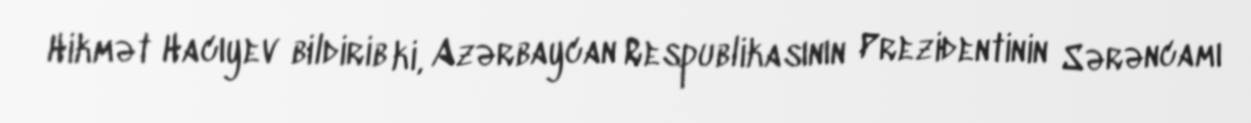
Hikmət Hacıyev bildirib ki, Azərbaycan Respublikasının Prezidentinin Sərəncamı